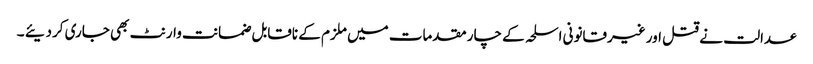
عدالت نے قتل اور غیرقانونی اسلحہ کے چار مقدمات میں ملزم کے ناقابل ضمانت وارنٹ بھی جاری کردیئے ۔